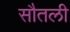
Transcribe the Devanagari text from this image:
सौतली